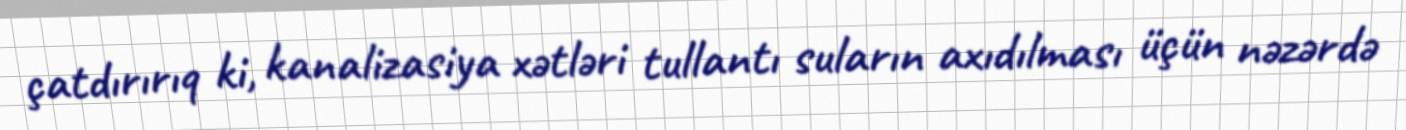
çatdırırıq ki, kanalizasiya xətləri tullantı suların axıdılması üçün nəzərdə